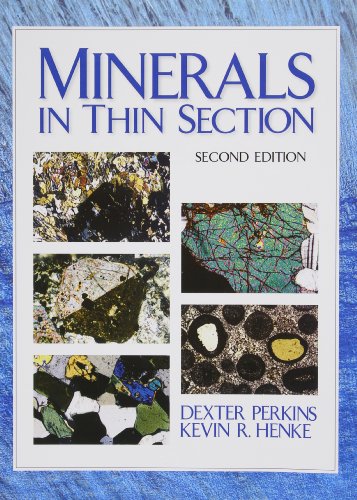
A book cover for Minerals in Thin Section (2nd Edition); Dexter Perkins; Science & Math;